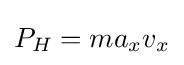
P_{H}=ma_{x}v_{x}